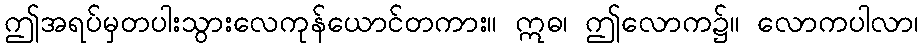
ဤအရပ်မှတပါးသွားလေကုန်ယောင်တကား။ ဣဓ၊ ဤလောက၌။ လောကပါလာ၊